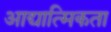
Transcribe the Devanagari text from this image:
आद्यात्मिकता